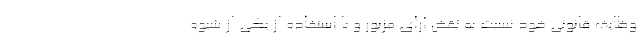
وظایف قانونی خود نسبت به نقض آرای مزبور و با استفاده از یکی از شیوه